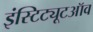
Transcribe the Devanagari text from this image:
इंस्टिट्यूटऑव